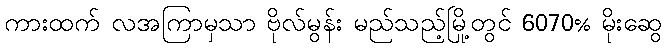
ကားထက် လအကြာမှသာ ဗိုလ်မွန်း မည်သည့်မြို့တွင် 6070% မိုးဆွေ